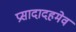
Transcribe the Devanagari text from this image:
प्रसादादहमेव